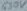
Text: 630V